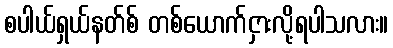
စပါယ်ရှယ်နတ်စ် တစ်ယောက်ငှားလို့ရပါသလား။